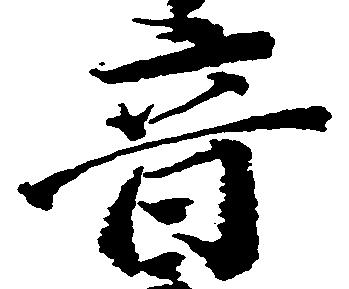
音